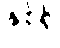
နှစ်ရှိ